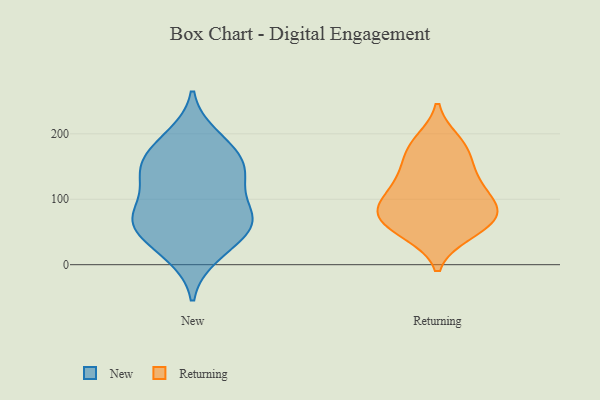
{"axis": {"x": "Backlog", "y": "Value"}, "legend": ["New", "Returning"], "data": [{"x": "", "y": 103, "type": "New"}, {"x": "", "y": 46, "type": "New"}, {"x": "", "y": 71, "type": "New"}, {"x": "", "y": 59, "type": "New"}, {"x": "", "y": 70, "type": "New"}, {"x": "", "y": 188, "type": "New"}, {"x": "", "y": 133, "type": "New"}, {"x": "", "y": 57, "type": "New"}, {"x": "", "y": 138, "type": "New"}, {"x": "", "y": 157, "type": "New"}, {"x": "", "y": 172, "type": "New"}, {"x": "", "y": 20, "type": "New"}, {"x": "", "y": 146, "type": "New"}, {"x": "", "y": 197, "type": "New"}, {"x": "", "y": 78, "type": "New"}, {"x": "", "y": 73, "type": "New"}, {"x": "", "y": 13, "type": "New"}, {"x": "", "y": 140, "type": "New"}, {"x": "", "y": 78, "type": "Returning"}, {"x": "", "y": 47, "type": "Returning"}, {"x": "", "y": 93, "type": "Returning"}, {"x": "", "y": 50, "type": "Returning"}, {"x": "", "y": 160, "type": "Returning"}, {"x": "", "y": 106, "type": "Returning"}, {"x": "", "y": 76, "type": "Returning"}, {"x": "", "y": 129, "type": "Returning"}, {"x": "", "y": 135, "type": "Returning"}, {"x": "", "y": 75, "type": "Returning"}, {"x": "", "y": 187, "type": "Returning"}, {"x": "", "y": 189, "type": "Returning"}, {"x": "", "y": 85, "type": "Returning"}, {"x": "", "y": 51, "type": "Returning"}, {"x": "", "y": 170, "type": "Returning"}, {"x": "", "y": 81, "type": "Returning"}, {"x": "", "y": 123, "type": "Returning"}]}